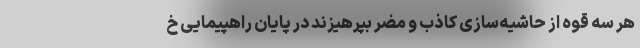
هر سه قوه از حاشیه‌سازی‌ کاذب و مضر بپرهیزند در پایان راهپیمایی خ